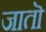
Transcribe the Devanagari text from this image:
जातॊ